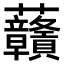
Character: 𧆐